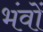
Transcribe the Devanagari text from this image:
भंवों